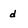
Character: d